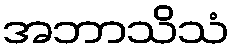
အဘာသိသံ